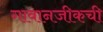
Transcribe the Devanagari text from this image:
गावानजीकची